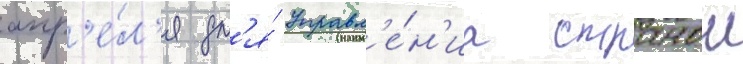
апр'е́л'я дл'я́ управл'е́н'иа странои